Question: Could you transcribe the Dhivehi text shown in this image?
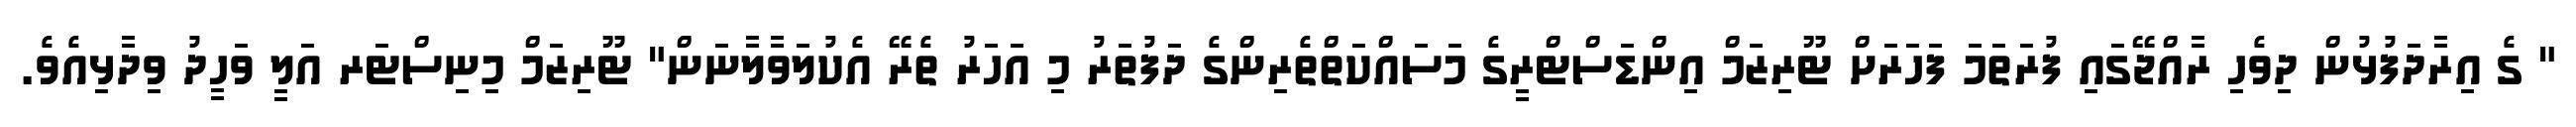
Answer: " ގެ އިރާދަފުޅުން ދިވެހި ރާއްޖޭގައި ފުރަތަމަ ފަހަރަށް ޓޫރިޒަމް އިންޑަސްޓްރީގެ މަސައްކަތްތެރިންގެ ދަފުތަރު މި އަހަރު ތެރޭ އެކުލަވާލާނަން" ޓޫރިޒަމް މިނިސްޓަރ އަލީ ވަހީދު ވިދާޅިއެވެ.